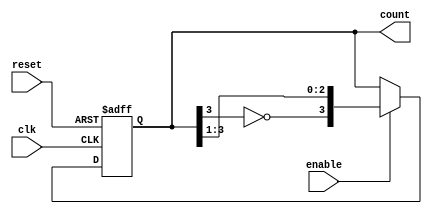
module johnson_counter (
    input wire clk,          // Clock input
    input wire reset,        // Reset input
    input wire enable,       // Enable signal
    output reg [3:0] count   // 4-bit counter output
);

// Always block that triggers on the rising edge of the clock
always @(posedge clk or posedge reset) begin
    if (reset) begin
        // Asynchronous reset: set count to 0
        count <= 4'b0000;
    end else if (enable) begin
        // Shift operation for the Johnson counter
        count <= {~count[3], count[3:1]};
    end
    // If enable is low, retain the current state
end

endmodule